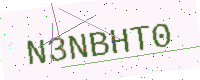
Text: N3NBHT0